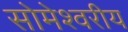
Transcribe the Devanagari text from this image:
सोमेश्वरीय